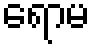
ရောမ